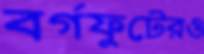
বর্গফুটেরও